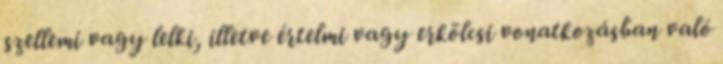
szellemi vagy lelki, illetve értelmi vagy erkölcsi vonatkozásban való